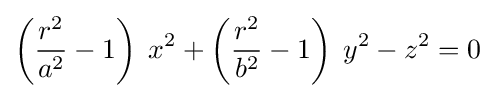
\left({\frac {r^{2}}{a^{2}}}-1\right)\;x^{2}+\left({\frac {r^{2}}{b^{2}}}-1\right)\;y^{2}-z^{2}=0\